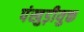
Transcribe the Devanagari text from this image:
पंखुड़ीयुक्त